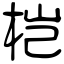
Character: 桤